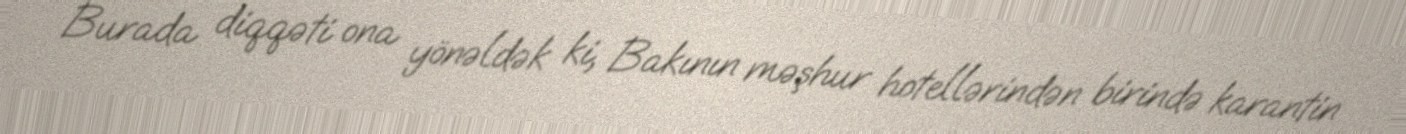
Burada diqqəti ona yönəldək ki, Bakının məşhur hotellərindən birində karantin